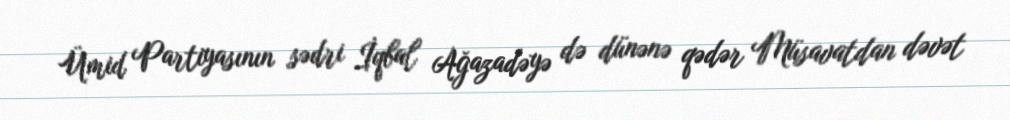
Ümid Partiyasının sədri İqbal Ağazadəyə də dünənə qədər Müsavatdan dəvət